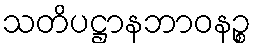
သတိပဋ္ဌာနဘာဝနဉ္စ